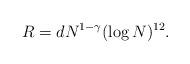
LaTeX: \begin{align*}R=dN^{1-\gamma}(\log N)^{12}.\end{align*}